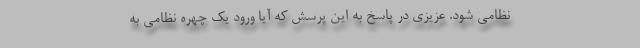
نظامی شود. عزیزی در پاسخ به این پرسش که آیا ورود یک چهره نظامی به